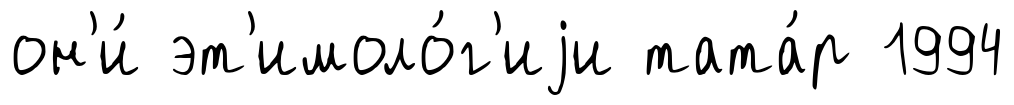
он'и́ эт'имоло́г'иjи тата́р 1994